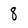
Character: 8